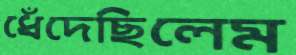
ধেঁদেছিলেম